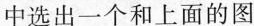
中选出一个和上面的图